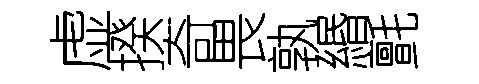
虚揆奇畏孰緡氈